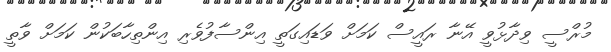
މުރްސީ ވިދާޅުވީ އޭނާ ރައީސް ކަމަށް ވަޑައިގަތީ އިންސާފުވެރި އިންތިހާބަކުން ކަމަށް ވާތީ